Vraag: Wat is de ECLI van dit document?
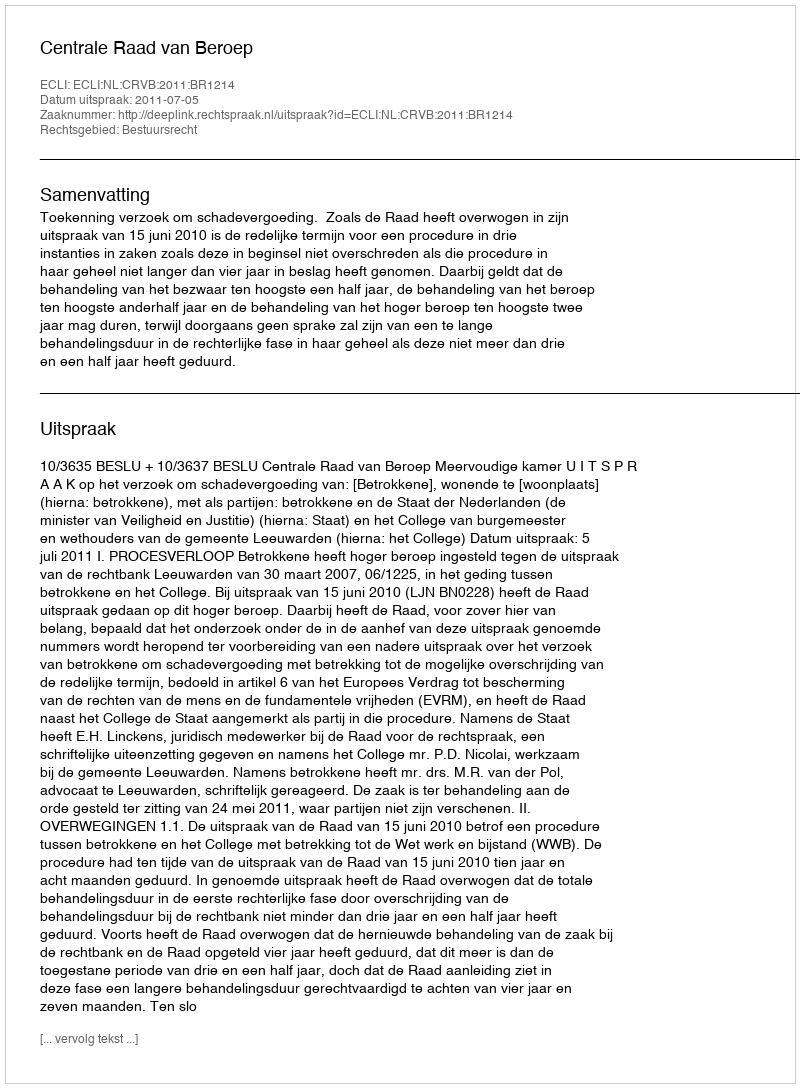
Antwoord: ECLI:NL:CRVB:2011:BR1214